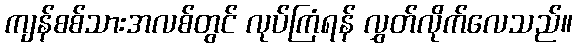
ကျန်စစ်သားအလစ်တွင် လုပ်ကြံရန် လွှတ်လိုက်လေသည်။